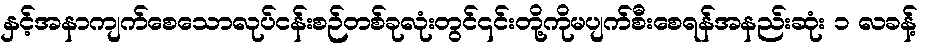
နှင့်အနာကျက်စေသောလုပ်ငန်းစဉ်တစ်ခုလုံးတွင်၎င်းတို့ကိုမပျက်စီးစေရန်အနည်းဆုံး ၁ လခန့်